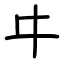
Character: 㐄